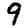
Digit: 9